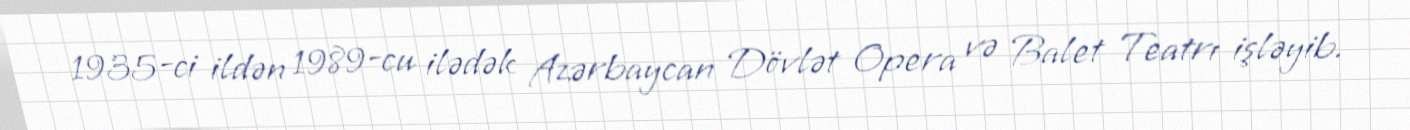
1935-ci ildən 1989-cu ilədək Azərbaycan Dövlət Opera və Balet Teatrı işləyib.